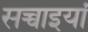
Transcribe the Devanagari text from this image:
सच्चाइयां